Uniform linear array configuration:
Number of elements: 48
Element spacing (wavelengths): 0.25
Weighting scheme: blackman
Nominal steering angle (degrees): -45
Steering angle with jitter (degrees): -43.09
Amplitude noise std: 0.05
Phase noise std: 0.05

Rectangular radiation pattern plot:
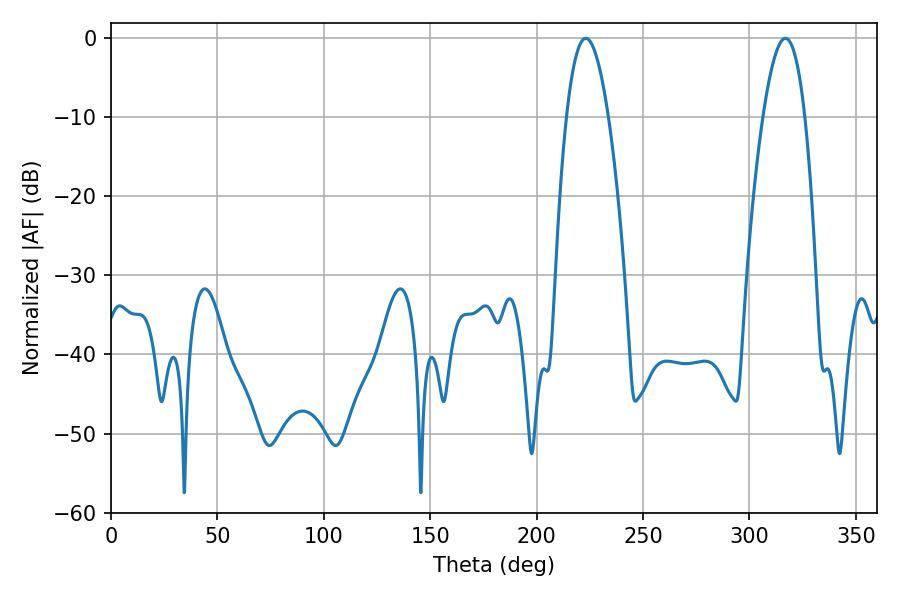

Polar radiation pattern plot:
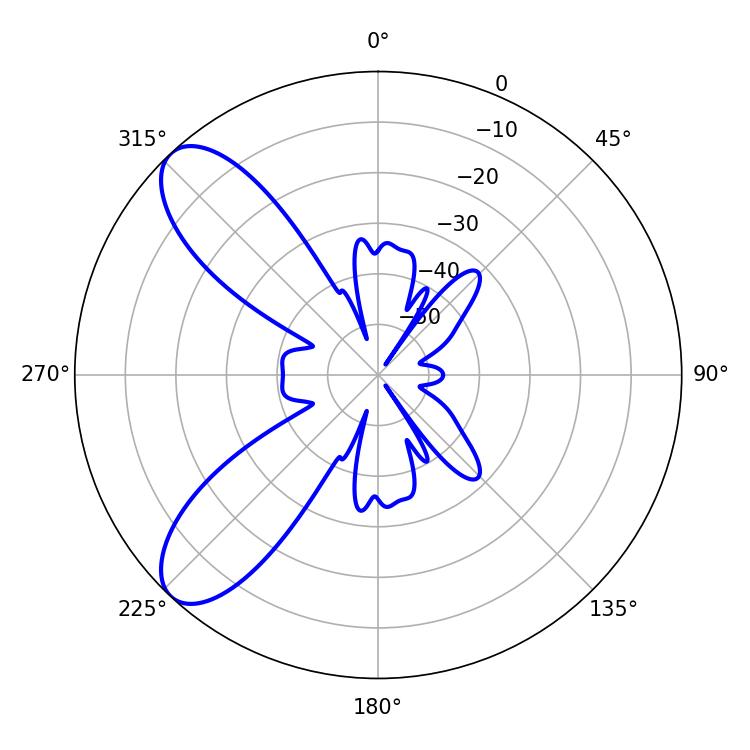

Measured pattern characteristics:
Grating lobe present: FALSE
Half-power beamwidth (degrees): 10.8
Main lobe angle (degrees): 223.02